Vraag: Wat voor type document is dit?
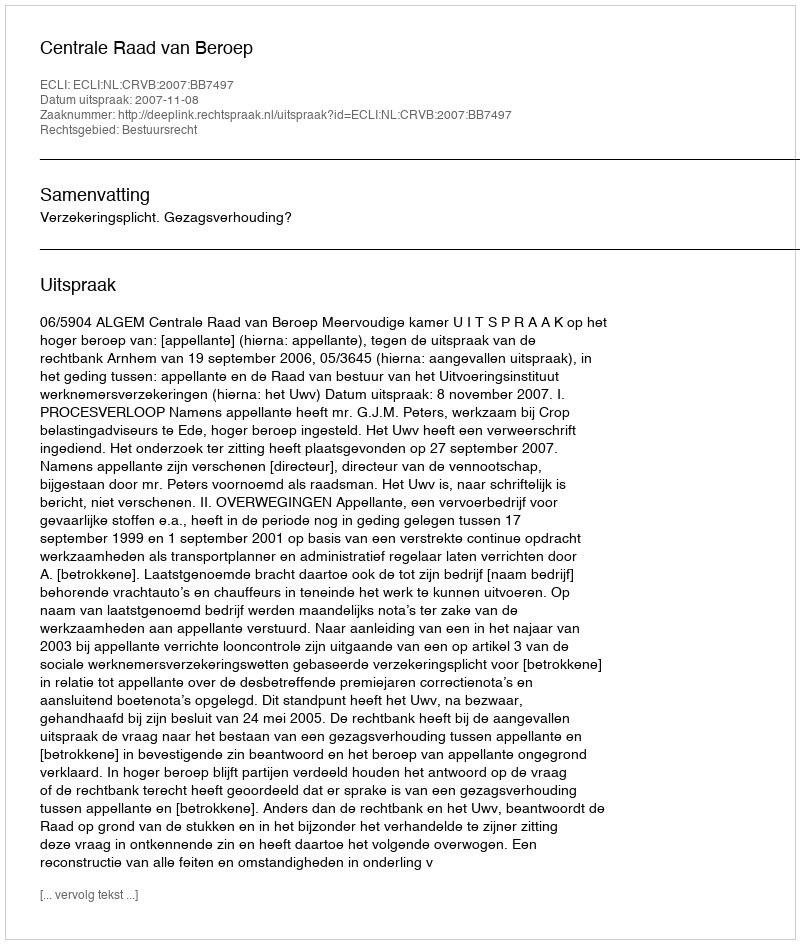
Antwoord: Uitspraak